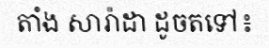
តាំង សារ៉ាដា ដូចតទៅ៖